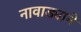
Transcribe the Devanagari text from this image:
नावाड्याने